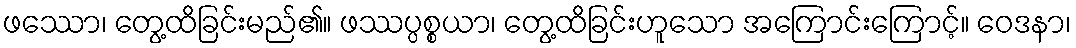
ဖဿော၊ တွေ့ထိခြင်းမည်၏။ ဖဿပ္ပစ္စယာ၊ တွေ့ထိခြင်းဟူသော အကြောင်းကြောင့်။ ဝေဒနာ၊